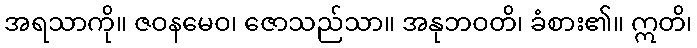
အရသာကို။ ဇဝနမေဝ၊ ဇောသည်သာ။ အနုဘဝတိ၊ ခံစား၏။ ဣတိ၊